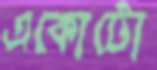
একোটো